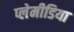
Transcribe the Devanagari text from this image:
प्लेमीडिया